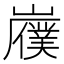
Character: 𫶟